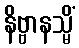
နိဗ္ဗာနသ္မိံ